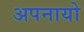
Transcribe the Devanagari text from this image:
अपनायो